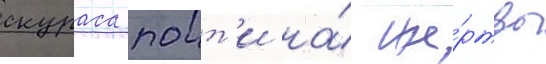
скураса поит'и на́ же́ртвы